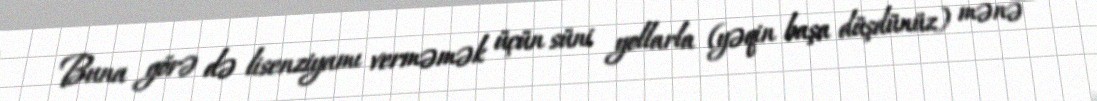
Buna görə də lisenziyamı verməmək üçün süni yollarla (yəqin başa düşdünüz) mənə